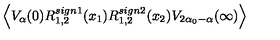
\left\langle V _ { \alpha } ( 0 ) R _ { 1 , 2 } ^ { s i g n 1 } ( x _ { 1 } ) R _ { 1 , 2 } ^ { s i g n 2 } ( x _ { 2 } ) V _ { 2 \alpha _ { 0 } - \alpha } ( \infty ) \right\rangle